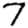
Digit: 7